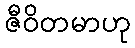
ဇီဝိတမာဟု